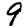
Digit: 9